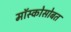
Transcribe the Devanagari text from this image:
मॉस्कोसोबत